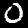
Digit: 0